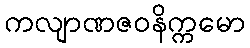
ကလျာဏဇဝနိက္ကမော